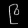
Digit: ၉